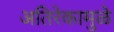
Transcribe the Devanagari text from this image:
अतिरेकामुळे